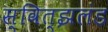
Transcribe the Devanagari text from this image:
स्वित्झलंड